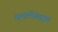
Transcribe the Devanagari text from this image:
कत्तलीबद्दल